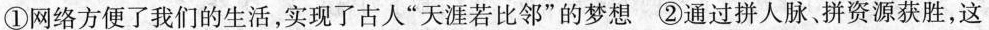
①网络方便了我们的生活，实现了古人”天涯若比邻”的梦想 ②通过拼人脉，拼资源获胜，这